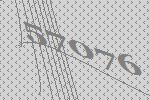
57076